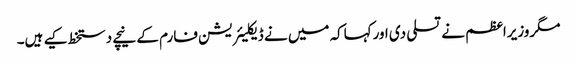
مگروزیراعظم نے تسلی دی اورکہاکہ میں نے ڈیکلیئریشن فارم کے نیچے دستخط کیے ہیں۔